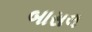
બાસલ